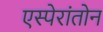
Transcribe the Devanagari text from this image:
एस्पेरांतोन